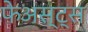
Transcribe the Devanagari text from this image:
फेअस्ट्स